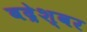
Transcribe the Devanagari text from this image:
बद्रेश्वर